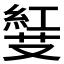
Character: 𠮅